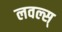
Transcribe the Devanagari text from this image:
लवल्स्